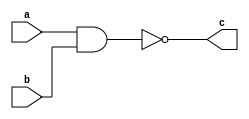
module dnand(input a, input b, output c);
	assign #1 c = !(a && b);
endmodule